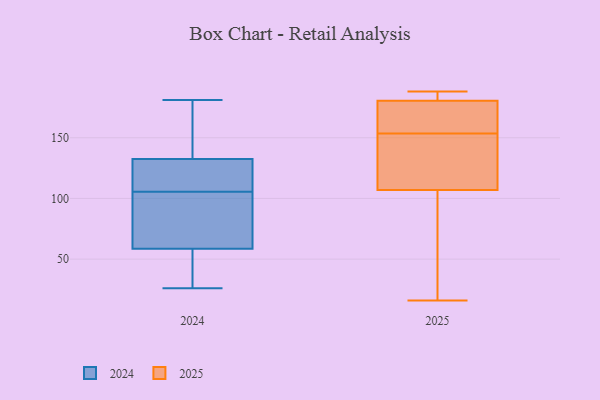
{"axis": {"x": "Net Income (USD K)", "y": "Value"}, "legend": ["2024", "2025"], "data": [{"x": "", "y": 164, "type": "2024"}, {"x": "", "y": 92, "type": "2024"}, {"x": "", "y": 26, "type": "2024"}, {"x": "", "y": 118, "type": "2024"}, {"x": "", "y": 36, "type": "2024"}, {"x": "", "y": 112, "type": "2024"}, {"x": "", "y": 105, "type": "2024"}, {"x": "", "y": 181, "type": "2024"}, {"x": "", "y": 48, "type": "2024"}, {"x": "", "y": 128, "type": "2024"}, {"x": "", "y": 137, "type": "2024"}, {"x": "", "y": 51, "type": "2024"}, {"x": "", "y": 106, "type": "2024"}, {"x": "", "y": 143, "type": "2024"}, {"x": "", "y": 97, "type": "2024"}, {"x": "", "y": 66, "type": "2024"}, {"x": "", "y": 165, "type": "2025"}, {"x": "", "y": 183, "type": "2025"}, {"x": "", "y": 101, "type": "2025"}, {"x": "", "y": 16, "type": "2025"}, {"x": "", "y": 136, "type": "2025"}, {"x": "", "y": 142, "type": "2025"}, {"x": "", "y": 65, "type": "2025"}, {"x": "", "y": 179, "type": "2025"}, {"x": "", "y": 113, "type": "2025"}, {"x": "", "y": 182, "type": "2025"}, {"x": "", "y": 188, "type": "2025"}, {"x": "", "y": 175, "type": "2025"}]}